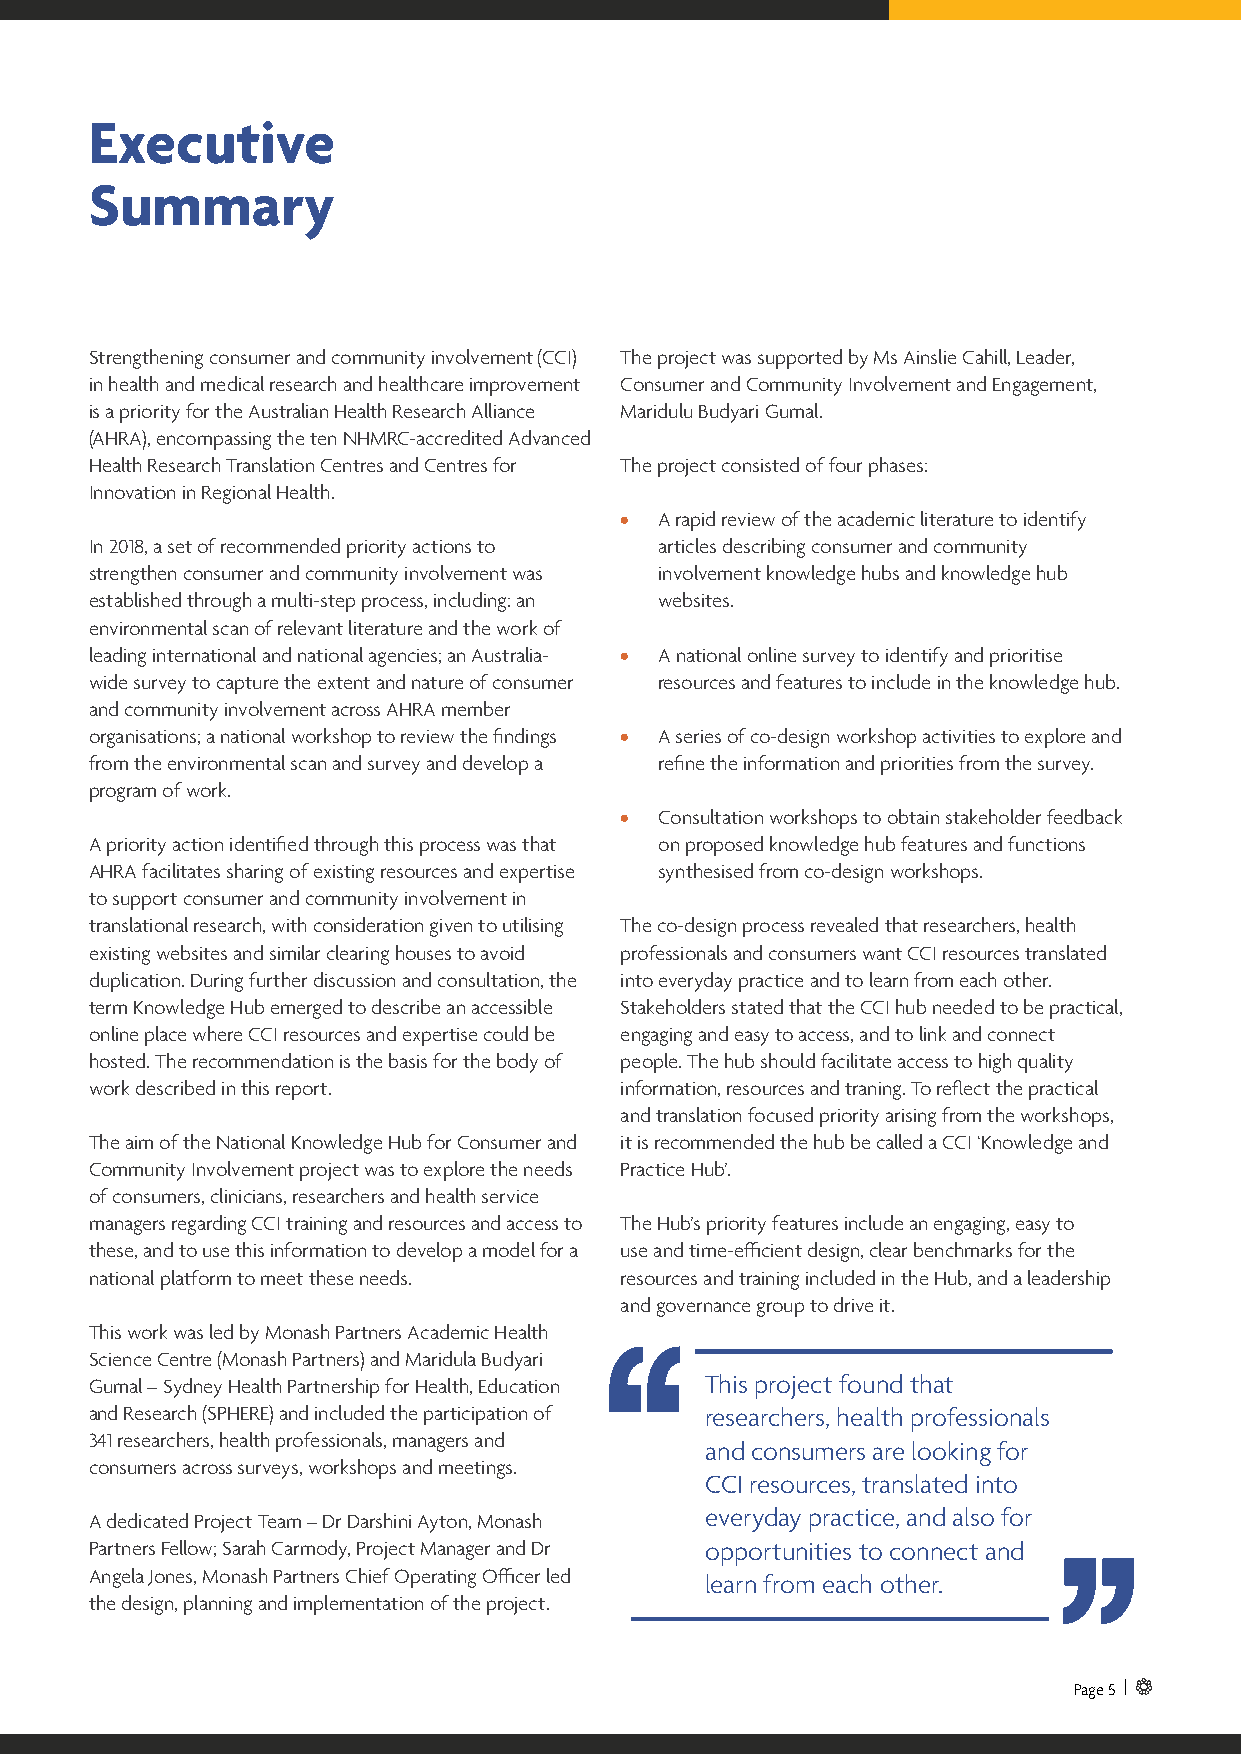
Executive
 Summary
 Strengthening consumer and community involvement (CCI) The project was supported by Ms Ainslie Cahill, Leader,
 in health and medical research and healthcare improvement Consumer and Community Involvement and Engagement,
 is a priority for the Australian Health Research Alliance Maridulu Budyari Gumal.
 (AHRA), encompassing the ten NHMRC-accredited Advanced
 Health Research Translation Centres and Centres for The project consisted of four phases:
 Innovation in Regional Health.
 •  A rapid review of the academic literature to identify
 In 2018, a set of recommended priority actions to articles describing consumer and community
 strengthen consumer and community involvement was involvement knowledge hubs and knowledge hub
 established through a multi-step process, including: an websites.
 environmental scan of relevant literature and the work of
 leading international and national agencies; an Australia- • A national online survey to identify and prioritise
 wide survey to capture the extent and nature of consumer resources and features to include in the knowledge hub.
 and community involvement across AHRA member
 organisations; a national workshop to review the findings • A series of co-design workshop activities to explore and
 from the environmental scan and survey and develop a refine the information and priorities from the survey.
 program of work.
 •  Consultation workshops to obtain stakeholder feedback
 A priority action identified through this process was that on proposed knowledge hub features and functions
 AHRA facilitates sharing of existing resources and expertise synthesised from co-design workshops.
 to support consumer and community involvement in
 translational research, with consideration given to utilising The co-design process revealed that researchers, health
 existing websites and similar clearing houses to avoid professionals and consumers want CCI resources translated
 duplication. During further discussion and consultation, the into everyday practice and to learn from each other.
 term Knowledge Hub emerged to describe an accessible Stakeholders stated that the CCI hub needed to be practical,
 online place where CCI resources and expertise could be engaging and easy to access, and to link and connect
 hosted. The recommendation is the basis for the body of people. The hub should facilitate access to high quality
 work described in this report.     information, resources and traning. To reflect the practical
 and translation focused priority arising from the workshops,
 The aim of the National Knowledge Hub for Consumer and it is recommended the hub be called a CCI ‘Knowledge and
 Community Involvement project was to explore the needs Practice Hub’.
 of consumers, clinicians, researchers and health service
 managers regarding CCI training and resources and access to The Hub’s priority features include an engaging, easy to
 these, and to use this information to develop a model for a use and time-efficient design, clear benchmarks for the
 national platform to meet these needs. resources and training included in the Hub, and a leadership
 and governance group to drive it.
 This work was led by Monash Partners Academic Health
 Science Centre (Monash Partners) and Maridula Budyari
 Gumal – Sydney Health Partnership for Health, Education This project found that
 and Research (SPHERE) and included the participation of researchers, health professionals
 341 researchers, health professionals, managers and
 and consumers are looking for
 consumers across surveys, workshops and meetings.
 CCI resources, translated into
 A dedicated Project Team – Dr Darshini Ayton, Monash everyday practice, and also for
 Partners Fellow; Sarah Carmody, Project Manager and Dr opportunities to connect and
 Angela Jones, Monash Partners Chief Operating Officer led
 learn from each other.
 the design, planning and implementation of the project.
 Page 5 |